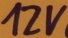
Text: 12V